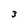
Character: 3